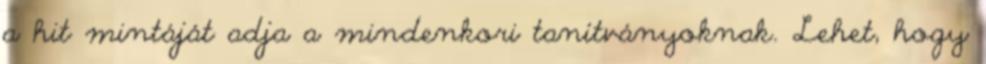
a hit mintáját adja a mindenkori tanítványoknak. Lehet, hogy